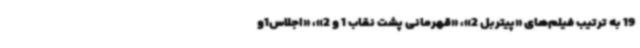
19 به ترتیب فیلم‌های «پیتربل 2»، «قهرمانی پشت نقاب 1 و 2»، «اجلاس1و